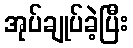
အုပ်ချုပ်ခဲ့ပြီး